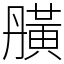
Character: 䵊